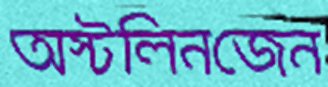
অস্টলিনজেন